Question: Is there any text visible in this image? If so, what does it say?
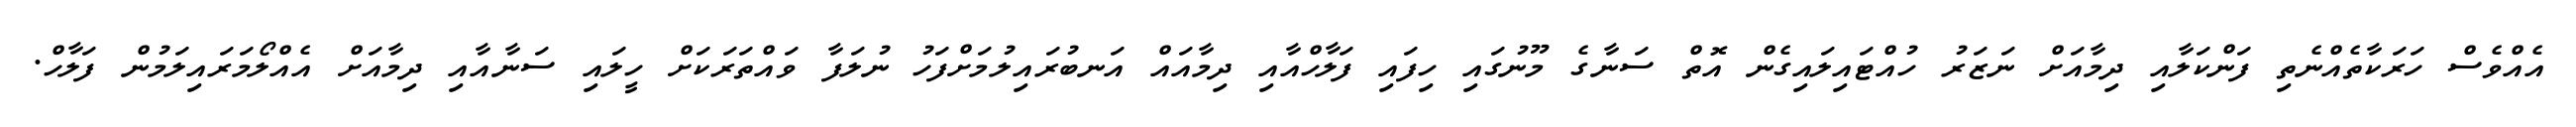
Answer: އެއްވެސް ހަރަކާތެއްނެތި ފަންކަލާއި ދިމާއަށް ނަޒަރު ހުއްޓައިލައިގެން އޮތް ސަނާގެ މޫނުގައި ހިފައި ފަލާހްއާއި ދިމާއައް އަނބުރައިލުމަށްފަހު ނުލަފާ ވައްތަރަކަށް ހީލައި ސަނާއާއި ދިމާއަށް އެއްލޯމަރައިލަމުން ފަލާހް.